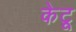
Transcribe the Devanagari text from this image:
केटू